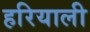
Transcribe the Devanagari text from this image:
हरियाली